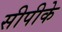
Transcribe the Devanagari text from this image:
सीपीके